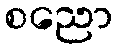
စညော